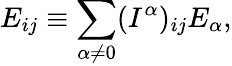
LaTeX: E_{ij}\equiv\sum_{\alpha\neq 0}(I^{\alpha})_{ij}E_{\alpha},